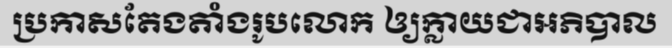
ប្រកាសតែងតាំងរូបលោក ឲ្យក្លាយជាអភិបាល